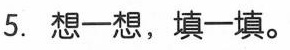
5. 想一想，填一填。